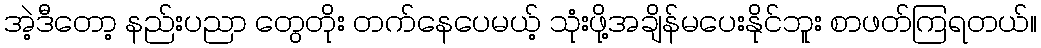
အဲ့ဒီတော့ နည်းပညာ တွေတိုး တက်နေပေမယ့် သုံးဖို့အချိန်မပေးနိုင်ဘူး စာဖတ်ကြရတယ်။